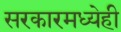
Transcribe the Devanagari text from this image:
सरकारमध्येही